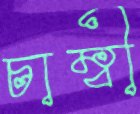
চাম্বী